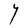
Character: Y